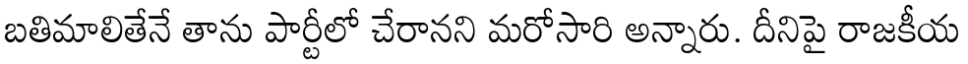
బతిమాలితేనే తాను పార్టీలో చేరానని మరోసారి అన్నారు. దీనిపై రాజకీయ